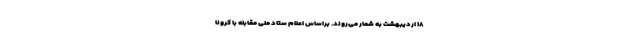
۱۸ اردیبهشت به شمار می‌روند. براساس اعلام ستاد ملی مقابله با کرونا